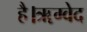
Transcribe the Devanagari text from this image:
है।ॠग्वेद